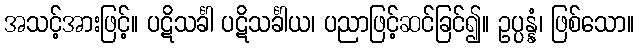
အသင့်အားဖြင့်။ ပဋိသင်္ခါ ပဋိသင်္ခါယ၊ ပညာဖြင့်ဆင်ခြင်၍။ ဥပ္ပန္နံ၊ ဖြစ်သော။